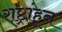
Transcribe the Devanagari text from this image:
राष्ट्रांहून